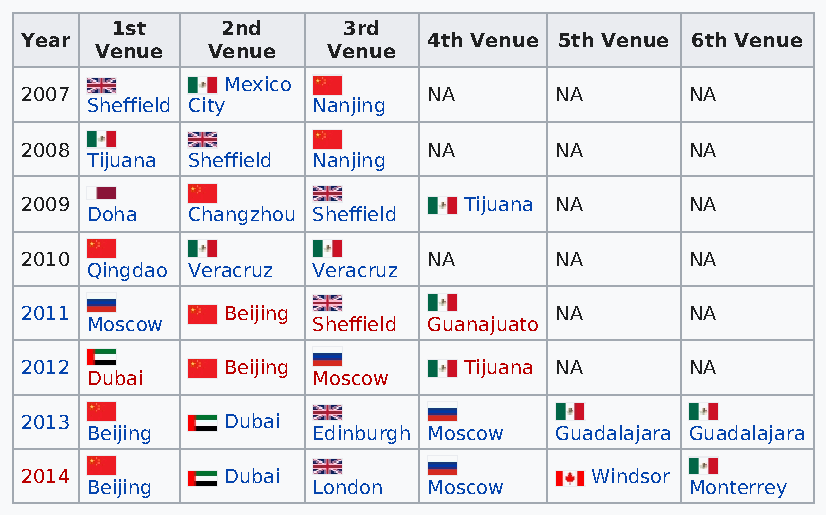
1st     2nd     3rd
 Year                       4th Venue 5th Venue 6th Venue
 Venue   Venue   Venue
 Mexico
 2007                       NA       NA       NA
 Sheffield City Nanjing
 2008                       NA       NA       NA
 Tijuana Sheffield Nanjing
 2009                          Tijuana NA     NA
 Doha  Changzhou Sheffield
 2010                       NA       NA       NA
 Qingdao Veracruz Veracruz
 2011          Beijing               NA       NA
 Moscow         Sheffield Guanajuato
 2012          Beijing         Tijuana NA     NA
 Dubai          Moscow
 2013          Dubai
 Beijing        Edinburgh Moscow Guadalajara Guadalajara
 2014          Dubai                   Windsor
 Beijing        London Moscow            Monterrey